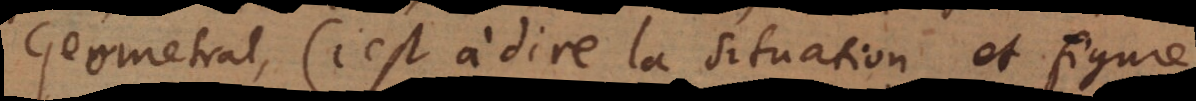
Geometral (c’est à dire la situation et figure